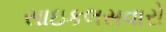
સાઇકલસવારો